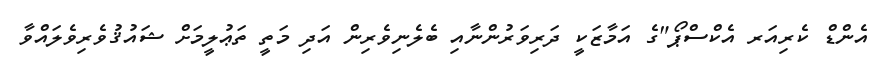
އެންޑް ކެރިއަރ އެކްސްޕޯ"ގެ އަމާޒަކީ ދަރިވަރުންނާއި ބެލެނިވެރިން އަދި މަތީ ތަޢުލީމަށް ޝައުޤުވެރިވެލައްވާ